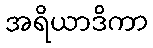
အရိယာဒိကာ